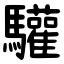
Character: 驩